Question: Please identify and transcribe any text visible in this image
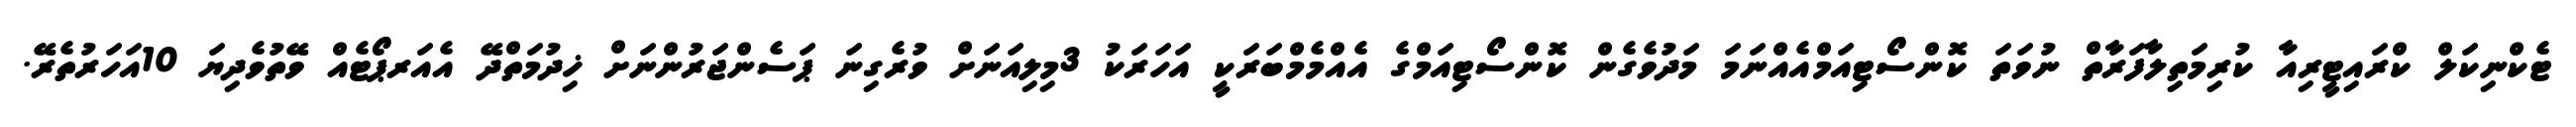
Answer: ޓެކްނިކަލް ކްރައިޓީރިއާ ކުރިމަތިލާފަރާތް ނުވަތަ ކޮންސޯޓިއަމްއެއްނަމަ މަދުވެގެން ކޮންސޯޓިއަމްގެ އެއްމެމްބަރަކީ އަހަރަކު 3މިލިއަނަށް ވުރެގިނަ ޕަސެންޖަރުންނަށް ޚިދުމަތްދޭ އެއަރޕޯޓެއް ވޭތުވެދިޔަ 10އަހަރުތެރޭ.